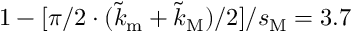
1 - [ \pi / 2 \cdot ( \tilde { k } _ { \mathrm { m } } + \tilde { k } _ { \mathrm { M } } ) / 2 ] / s _ { \mathrm { M } } = 3 . 7 \